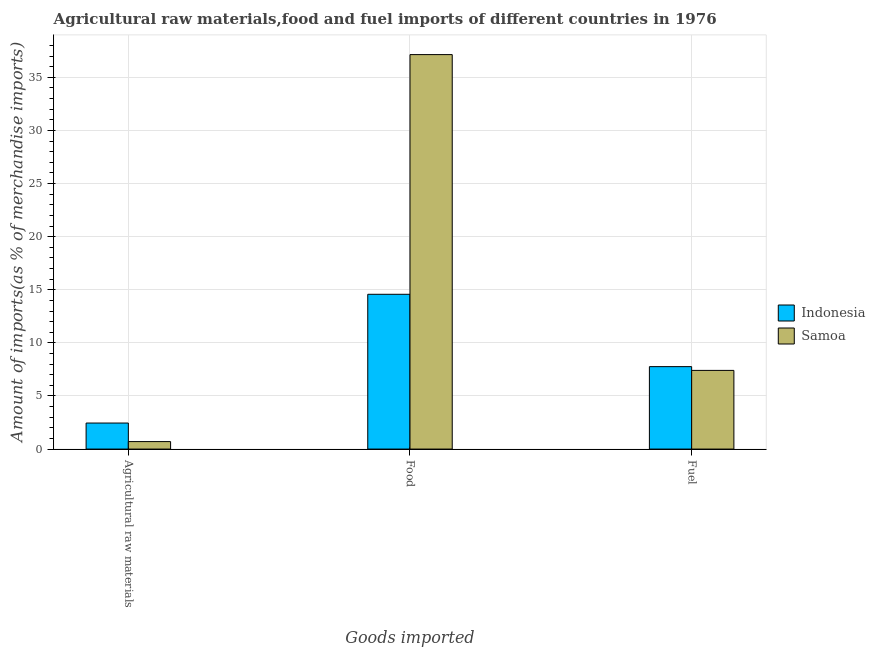
| Goods imported | Indonesia | Samoa |
 | --- | --- | --- |
 | Agricultural raw materials | 2.45 | 0.705 |
 | Food | 14.6 | 37.1 |
 | Fuel | 7.76 | 7.41 |